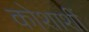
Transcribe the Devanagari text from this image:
कोशाशीं